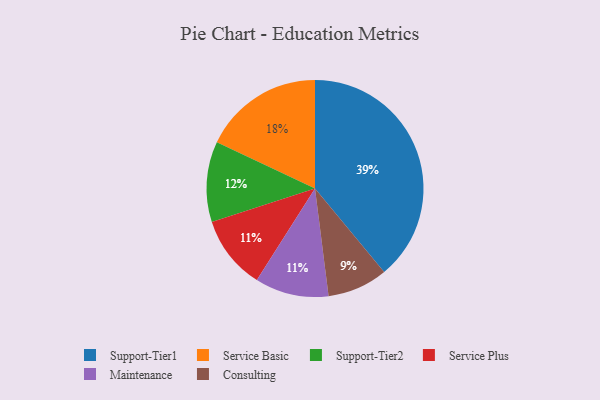
{"axis": {"x": "Category", "y": "Percentage"}, "legend": ["Consulting", "Maintenance", "Service Basic", "Service Plus", "Support-Tier1", "Support-Tier2"], "data": [{"x": "Service Plus", "y": 11, "type": "Service Plus"}, {"x": "Maintenance", "y": 11, "type": "Maintenance"}, {"x": "Consulting", "y": 9, "type": "Consulting"}, {"x": "Support-Tier1", "y": 39, "type": "Support-Tier1"}, {"x": "Service Basic", "y": 18, "type": "Service Basic"}, {"x": "Support-Tier2", "y": 12, "type": "Support-Tier2"}]}